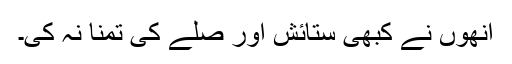
انھوں نے کبھی ستائش اور صلے کی تمنا نہ کی۔